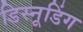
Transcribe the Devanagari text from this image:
डिस्नूडिंग